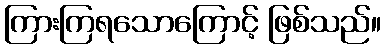
ကြားကြရသောကြောင့် ဖြစ်သည်။